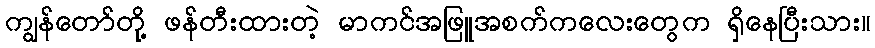
ကျွန်တော်တို့ ဖန်တီးထားတဲ့ မာကင်အဖြူအစက်ကလေးတွေက ရှိနေပြီးသား။